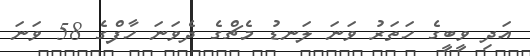
އަދި ވީބީގެ ހަތަރު ވަނަ ލަނޑު މެޗްގެ ދެވަނަ ހާފްގެ 58 ވަނަ